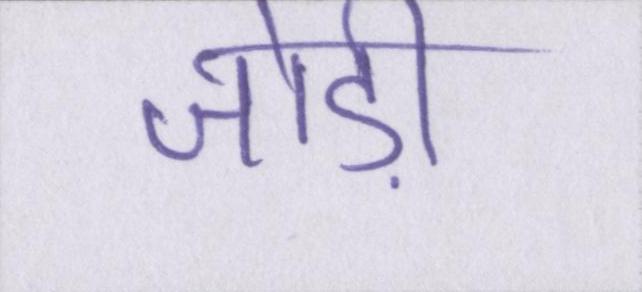
जोड़ी